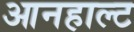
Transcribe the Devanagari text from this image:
आनहाल्ट